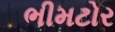
ભીમટોર